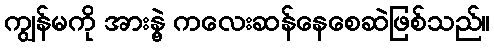
ကျွန်မကို အားနွဲ့ ကလေးဆန်နေစေဆဲဖြစ်သည်။